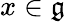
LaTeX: x\in{\mathfrak{g}}